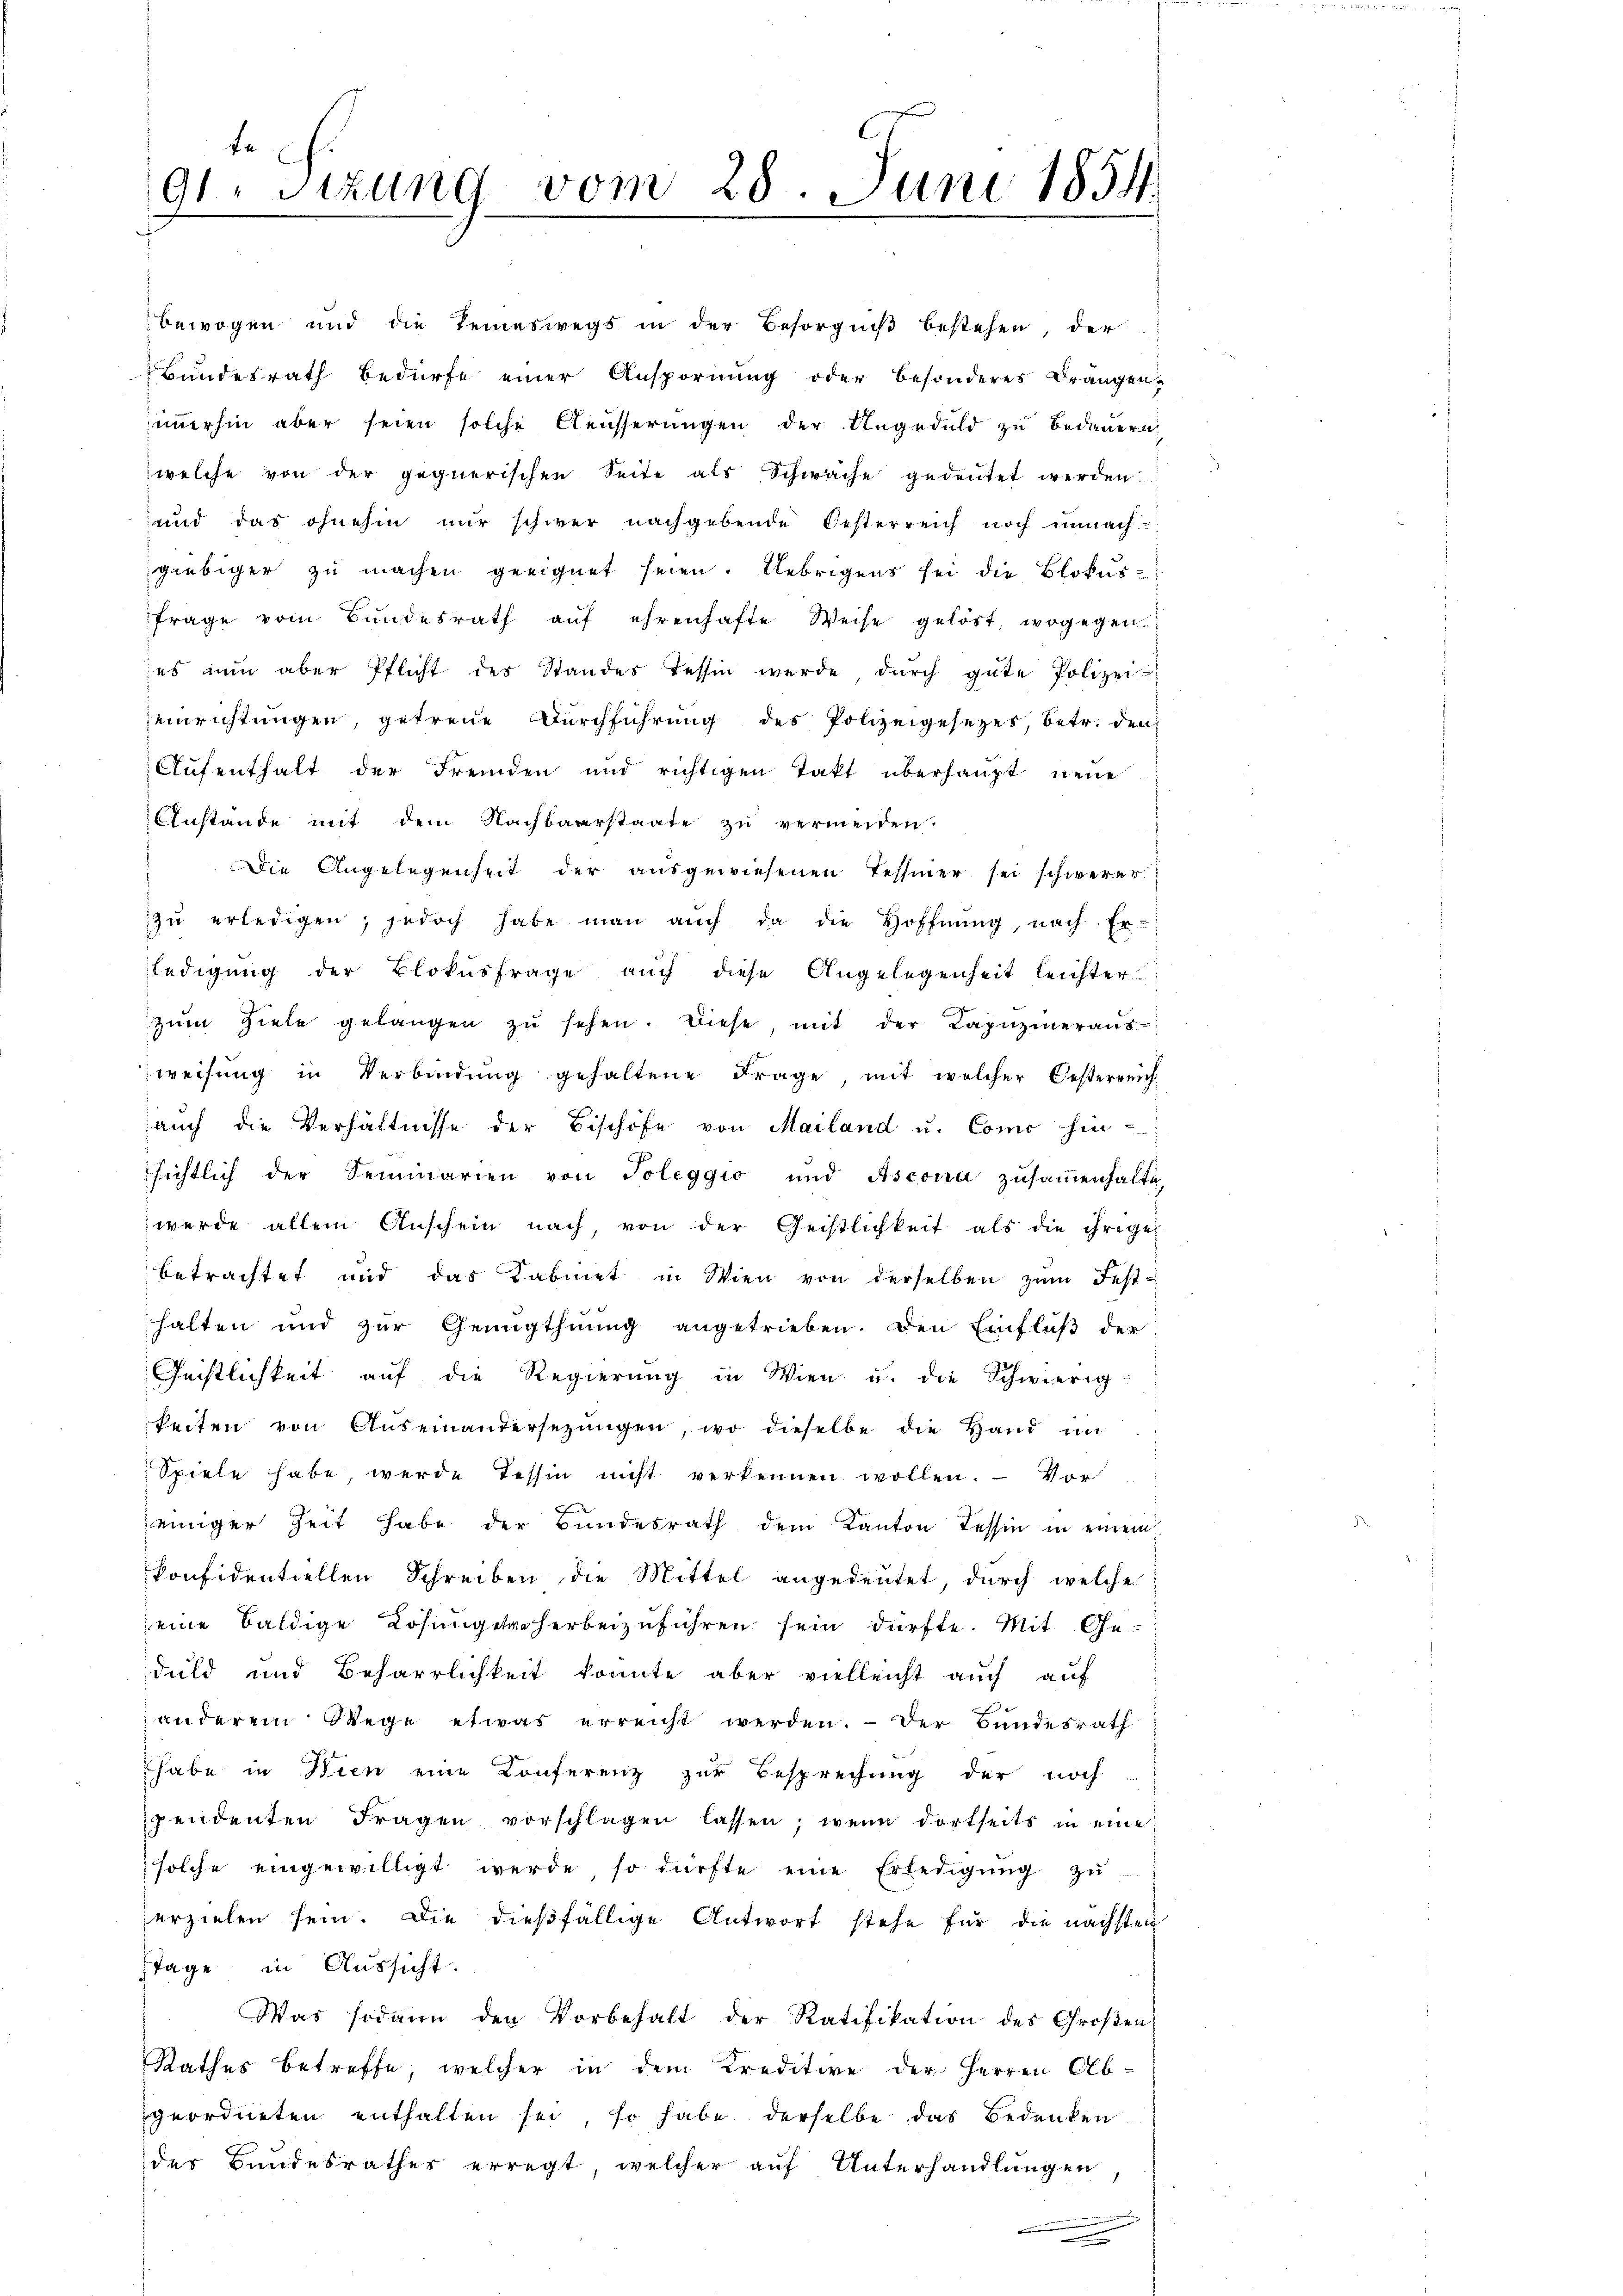
te
91. Sitzung vom 28. Juni 1854.

bewogen und die Teineswegs in der Besorgniβ bestehen, der
Bundesrath bedürfe einer Anspornŭng oder besonderes Drängen-
immerhin aber seien solche Aeusserungen der Ungeduld zu bedauern
welche von der gegnerischen Seite als Schwäche gedeŭtet werden.
und das ohnehin nŭr schwer nachgebende Oesterreich noch unnach
giebiger zu machen geeignet seien. Uebrigens sei die Blokus-
frage vom Bundesrath aŭf ehrenhafte Weise gelöst, wogegen
es nun aber Pflicht des Standes Tessin werde dŭrch gute Polizei
einrichtungen, getreue Durchführung des Polizeigesezes, betr. den
Aufenthalt der Fremden und richtigen Takt überhaupt neue
Anstande mit dem Nachbarstaate zu vermeiden.
Die Angelegenheit der ausgewiesenen Tessiner sei schwerer
zŭ erledigen, jedoch habe man aŭch da die Hoffnŭng, nach Er-
ledigŭng der Blokŭsfrage aŭch diese Angelegenheit leichter
zŭm Ziele gelangen zŭ sehen. Diese, mit der Kapŭzineraŭs-
weisŭng in Verbindŭng gehaltene Frage, mit welcher Oesterreich
aŭch die Verhältnisse der Bischöfe von Mailand u. Como hin-
sichtlich der Seminarien von Toleggio und Ascoira zŭsaṁenhalte
werde allein Anschein nach, von der Geistlichkeit als die ihrige
betrachtet und das Kabinet in Wien von derselben zŭm Fest-
e
halten und zur Genugthuung angetrieben. Den Einfluß der
Geistlichkeit auf die Regierŭng in Wien u. die Schwierig-
keiten von Auseinandersezungen, wo dieselbe die Hand un
Spiele habe werde Tessin nicht verkennen wollen. Vor
jeiniger Zeit habe der Bŭndesrath dem Kanton Tessin in einem
konfidentiellen Schreiben die Mittel angedeutet, durch welche
eine baldige Losungetraherbeizuführen sein dürfte. Mit Geduld und Beharrlichkeit konnte aber vielleicht auch auf
anderem Wege etwas erreicht werden.  Der Bundesrath
habe in Wien eine Conferenz zur Besprechung der noch
pendenten Fragen vorschlagen lassen, wenn dortseits in eine
solche eingewilligt werde, so dürfte eine Erledigung zu
serzielen sein. Die dießfällige Antwort stehe für die nächsten
stage in Aussicht.
Was sodann den Vorbehalt der Ratifikation des Großen
Rathes betreffe, welcher in dem Kreditive der Herren Ab-
geordneten enthalten sei, so habe derselbe das Bedenken
der Bundesrathes erregt, welcher auf Unterhandlungen
.